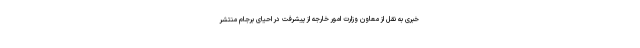
خبری به نقل از معاون وزارت امور خارجه از پیشرفت در احیای برجام منتشر